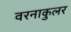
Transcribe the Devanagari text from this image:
वरनाकुलर